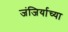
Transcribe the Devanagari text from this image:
जंजिर्याच्या